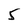
Character: 5